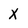
Character: X